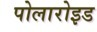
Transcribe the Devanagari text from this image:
पोलारोइड